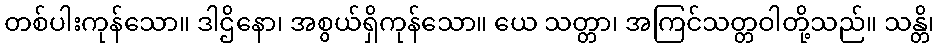
တစ်ပါးကုန်သော။ ဒါဌိနော၊ အစွယ်ရှိကုန်သော။ ယေ သတ္တာ၊ အကြင်သတ္တဝါတို့သည်။ သန္တိ၊